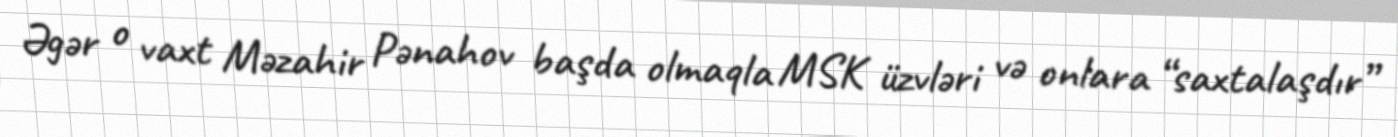
Əgər o vaxt Məzahir Pənahov başda olmaqla MSK üzvləri və onlara “saxtalaşdır”